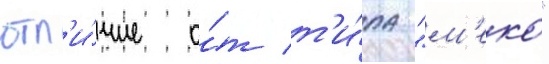
отл'и́чие о́т т'и́па "м'еко"